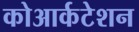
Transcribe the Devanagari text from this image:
कोआर्कटेशन